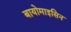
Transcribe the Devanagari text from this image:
बायोमाइसिन